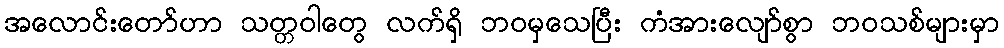
အလောင်းတော်ဟာ သတ္တဝါတွေ လက်ရှိ ဘဝမှသေပြီး ကံအားလျော်စွာ ဘဝသစ်များမှာ